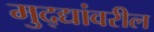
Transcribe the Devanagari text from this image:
मुद्द्यांवरील